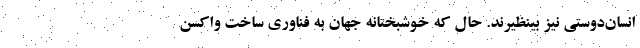
انسان‌دوستی نیز بینظیرند. حال که خوشبختانه جهان به فناوری ساخت واکسن